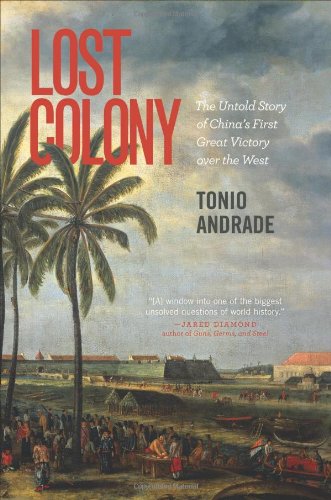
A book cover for Lost Colony: The Untold Story of China's First Great Victory over the West; Tonio Andrade; History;